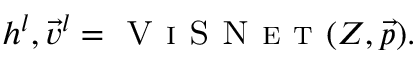
h ^ { l } , \vec { v } ^ { l } = \textsc { V i S N e t } ( Z , \vec { p } ) .